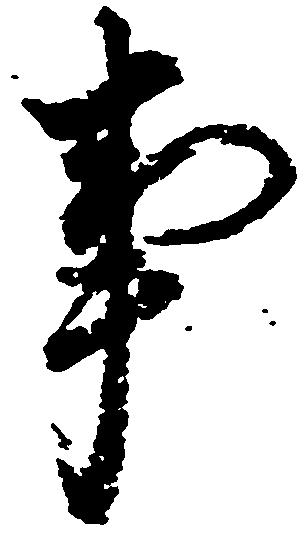
事